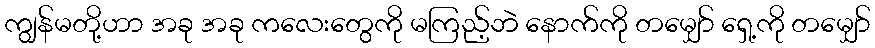
ကျွန်မတို့ဟာ အခု အခု ကလေးတွေကို မကြည့်ဘဲ နောက်ကို တမျှော် ရှေ့ကို တမျှော်